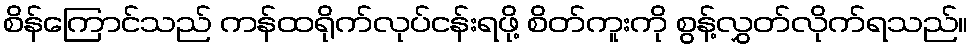
စိန်ကြောင်သည် ကန်ထရိုက်လုပ်ငန်းရဖို့ စိတ်ကူးကို စွန့်လွှတ်လိုက်ရသည်။